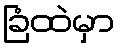
ခြံထဲမှာ